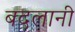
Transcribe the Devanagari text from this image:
बदलानी